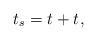
LaTeX: \begin{align*}t_{s}=t_{}+t_{},\end{align*}